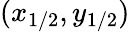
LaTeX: (x_{1/2},y_{1/2})